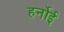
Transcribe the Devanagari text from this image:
हर्नोई